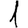
Digit: 1